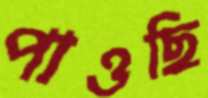
পাওছি